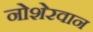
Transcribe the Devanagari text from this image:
नोशेरवान